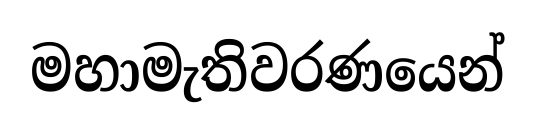
මහාමැතිවරණයෙන්